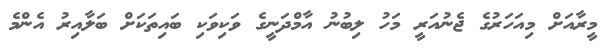
މީރާއަށް މިއަހަރުގެ ޖެނުއަރީ މަހު ލިބުނު އާމްދަނީގެ ވަކިވަކި ބައިތަކަށް ބަލާއިރު އެންމެ